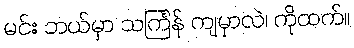
မင်း ဘယ်မှာ သင်္ကြန် ကျမှာလဲ၊ ကိုထက်။